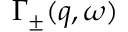
\Gamma _ { \pm } ( q , \omega )